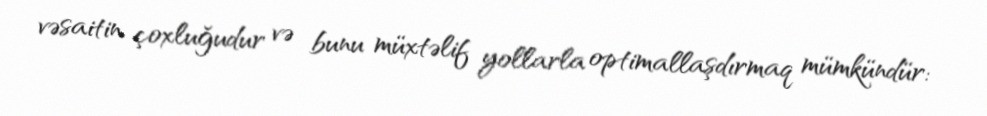
vəsaitin çoxluğudur və bunu müxtəlif yollarla optimallaşdırmaq mümkündür: